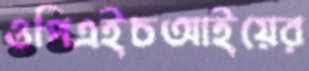
ওপিএইচআইয়ের